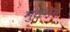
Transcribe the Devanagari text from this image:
मुतभेड